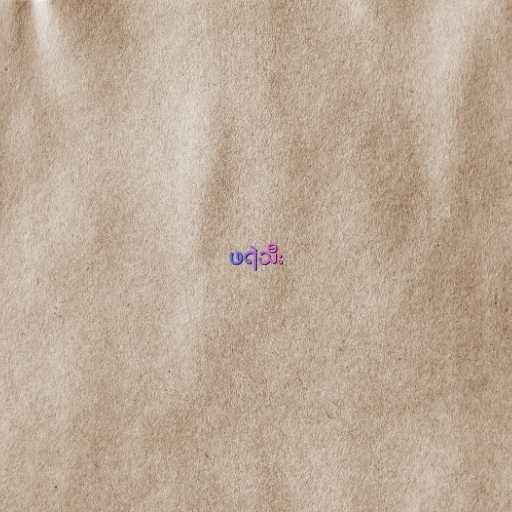
ဖရဲသီး